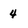
Character: 4